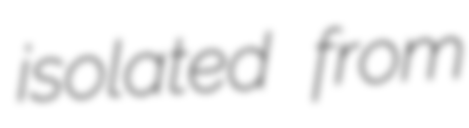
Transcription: isolated from